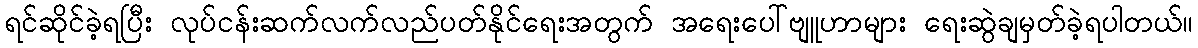
ရင်ဆိုင်ခဲ့ရပြီး လုပ်ငန်းဆက်လက်လည်ပတ်နိုင်ရေးအတွက် အရေးပေါ်ဗျူဟာများ ရေးဆွဲချမှတ်ခဲ့ရပါတယ်။